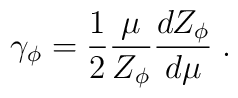
\gamma_\phi = \frac{1}{2} \frac{\mu}{Z_\phi} \frac{dZ_\phi}{d\mu} \; .